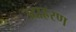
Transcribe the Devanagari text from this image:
उदाह्ररण